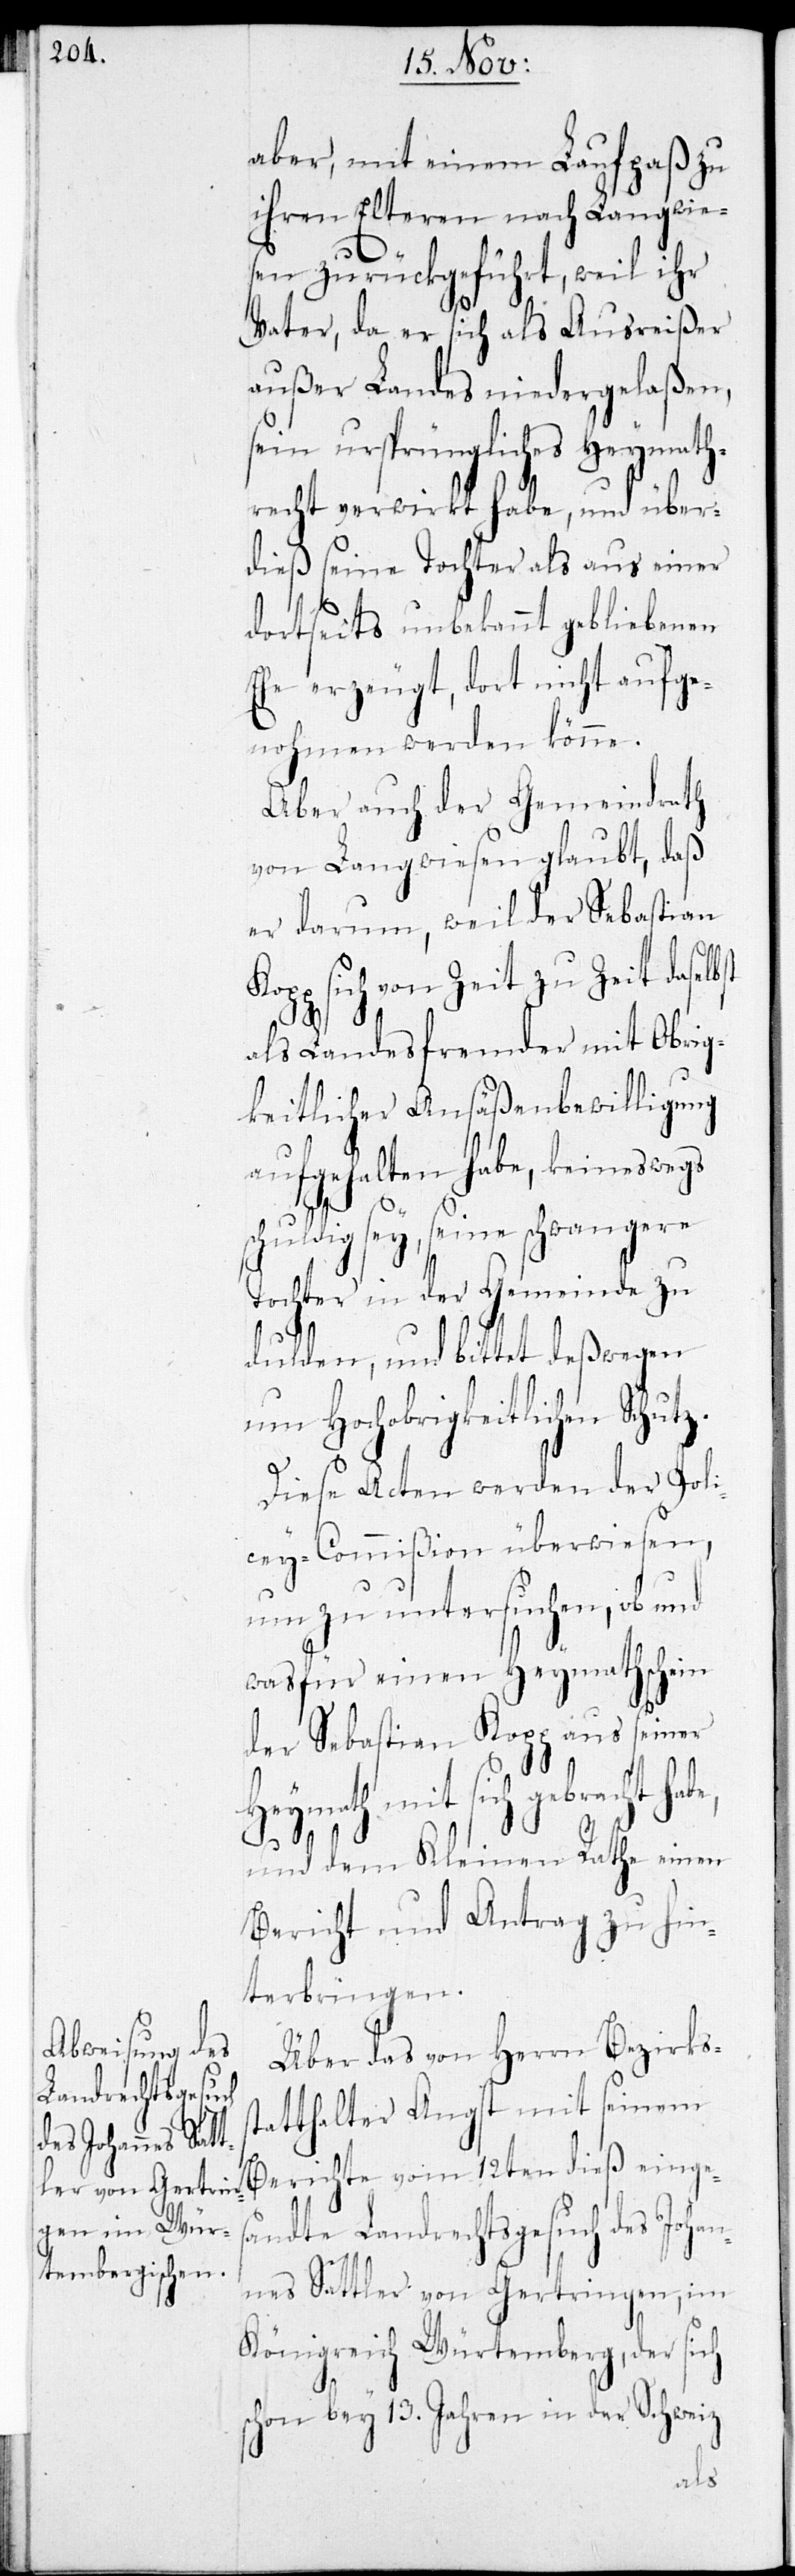
aber, mit einem Laufpaß zu
ihren Elteren nach Langwie¬
sen zurückgeführt, weil ihr
Vater, da er sich als Ausreißer
außer Landes niedergelaßen,
sein ursprüngliches Heymath¬
recht verwirkt habe, und über¬
dieß seine Tochter als aus einer
dortseits unbekannt gebliebenen
Ehe erzeugt, dort nicht aufge¬
nohmen werden könne.
Aber auch der Gemeindrath
von Langwiesen glaubt, daß
er darum, weil der Sebastian
Kopp sich von Zeit zu Zeit daselbst
als Landesfremder mit Obrig¬
keitlicher Ansäßenbewilligung
aufgehalten habe, keineswegs
schuldig sey, seine schwangere
Tochter in der Gemeinde zu
dulden, und bittet deßwegen
um Hochobrigkeitlichen Schutz.
Diese Acten werden der Poli¬
zey-Commißion überwiesen,
um zu untersuchen, ob und
was für einen Heymathschein
der Sebastian Kopp aus seiner
Heymath mit sich gebracht hab¬
e,
und dem Kleinen Rathe einen
Bericht und Antrag zu hin¬
terbringen.
Über das von Herrn Bezirkss¬
tatthalter Angst mit seinem
Bericht vom 12ten dieß einges¬
andte Landrechtsgesuch des Johan¬
nes Sattler von Gertringen im
Königreich Würtemberg, der sich
schon bey 13. Jahren in der Schweiz